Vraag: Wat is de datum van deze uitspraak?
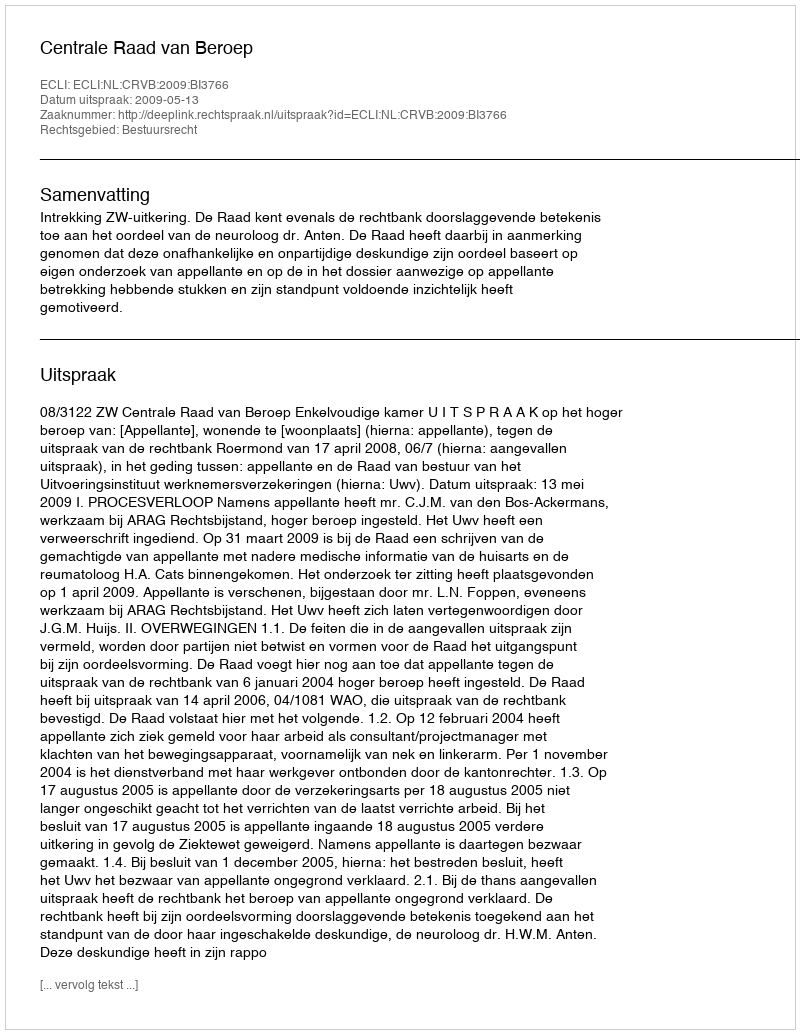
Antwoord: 2009-05-13